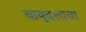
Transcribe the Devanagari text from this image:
वायूदलाचा